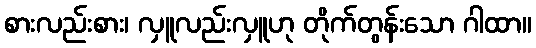
စားလည်းစား၊ လှူလည်းလှူဟု တိုက်တွန်းသော ဂါထာ။